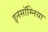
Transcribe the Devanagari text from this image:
इनसॉम्निया